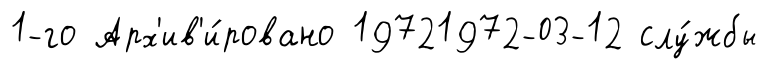
1-го Арх'ив'и́ровано 19721972-03-12 слу́жбы